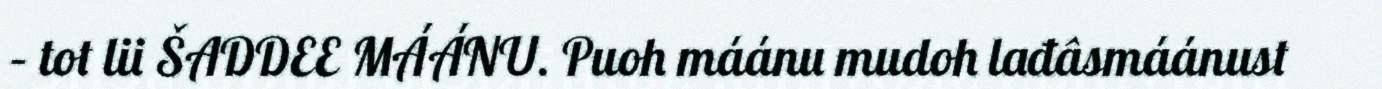
– tot lii ŠADDEE MÁÁNU. Puoh máánu mudoh lađâsmáánust